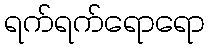
ရက်ရက်ရောရော